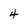
Character: 4